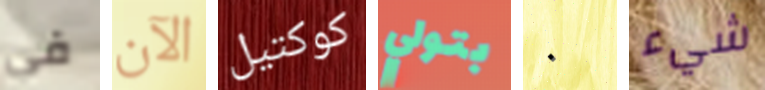
في الآن كوكتيل بتولي ٠ شيء